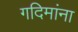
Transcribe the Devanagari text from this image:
गदिमांना